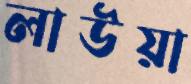
লাউয়া